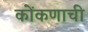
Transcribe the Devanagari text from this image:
कोंकणाची